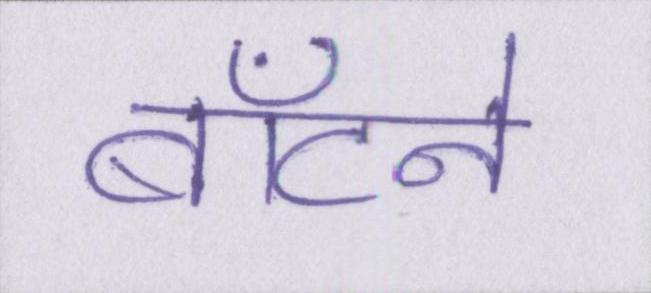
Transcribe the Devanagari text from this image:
बाँटने